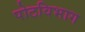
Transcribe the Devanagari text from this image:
पोटविभाग